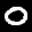
Label: 0